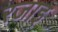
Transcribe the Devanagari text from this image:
रजाइ